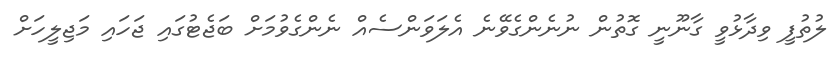
ލުތުފީ ވިދާޅުވީ ގާނޫނީ ގޮތުން ނުނެންގެވޭނެ އެލަވަންސެއް ނެންގެވުމަށް ބަޖެޓުގައި ޖަހައި މަޖިލީހަށް